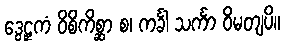
ဒွေဠှကံ ဝိစိကိစ္ဆာ စ၊ ကင်္ခါ သင်္ကာ ဝိမတျပိ။